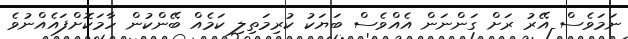
ނަމަވެސް އޭރު ރަށް ގަންނަން އެއްވެސް ބަޔަކު ކުރިމަތިލި ކަމެއް ބޭންކުން ހާމަކޮށްފައެއްނުވެ